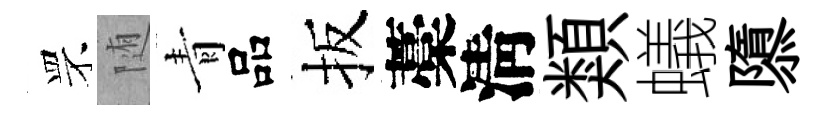
罘随青品扳藁淸類蟻隳